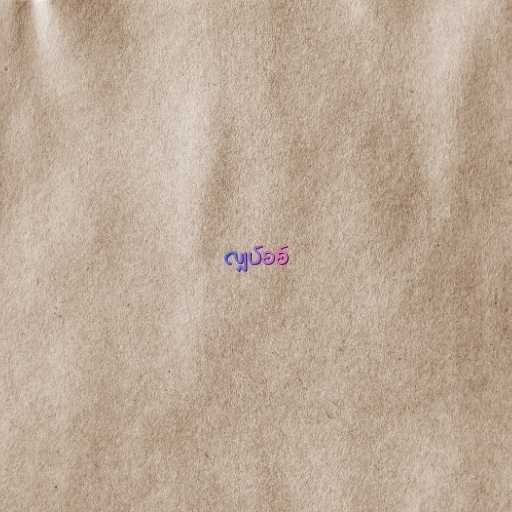
လျှပ်စစ်